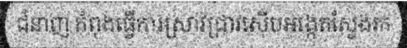
ជំនាញ កំពុងធ្វើការស្រាវជ្រាវស៊ើបអង្កេតស្វែងរក